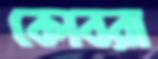
কোবরা